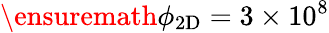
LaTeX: \ensuremath{\phi_{\mathrm{2D}}}=3\times 10^{8}